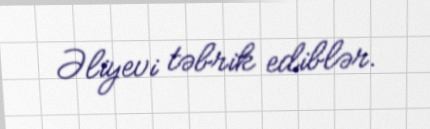
Əliyevi təbrik ediblər.